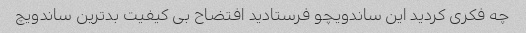
چه فکری کردید این ساندویچو فرستادید افتضاح بی کیفیت بدترین ساندویچ